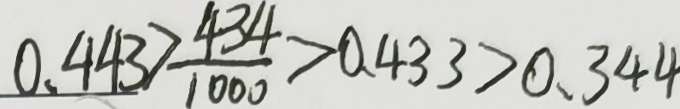
0 . 4 4 3 > \frac { 4 3 4 } { 1 0 0 0 } > 0 . 4 3 3 > 0 . 3 4 4